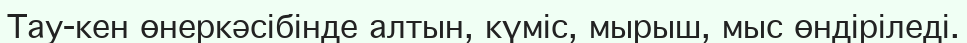
Тау-кен өнеркәсібінде алтын, күміс, мырыш, мыс өндіріледі.